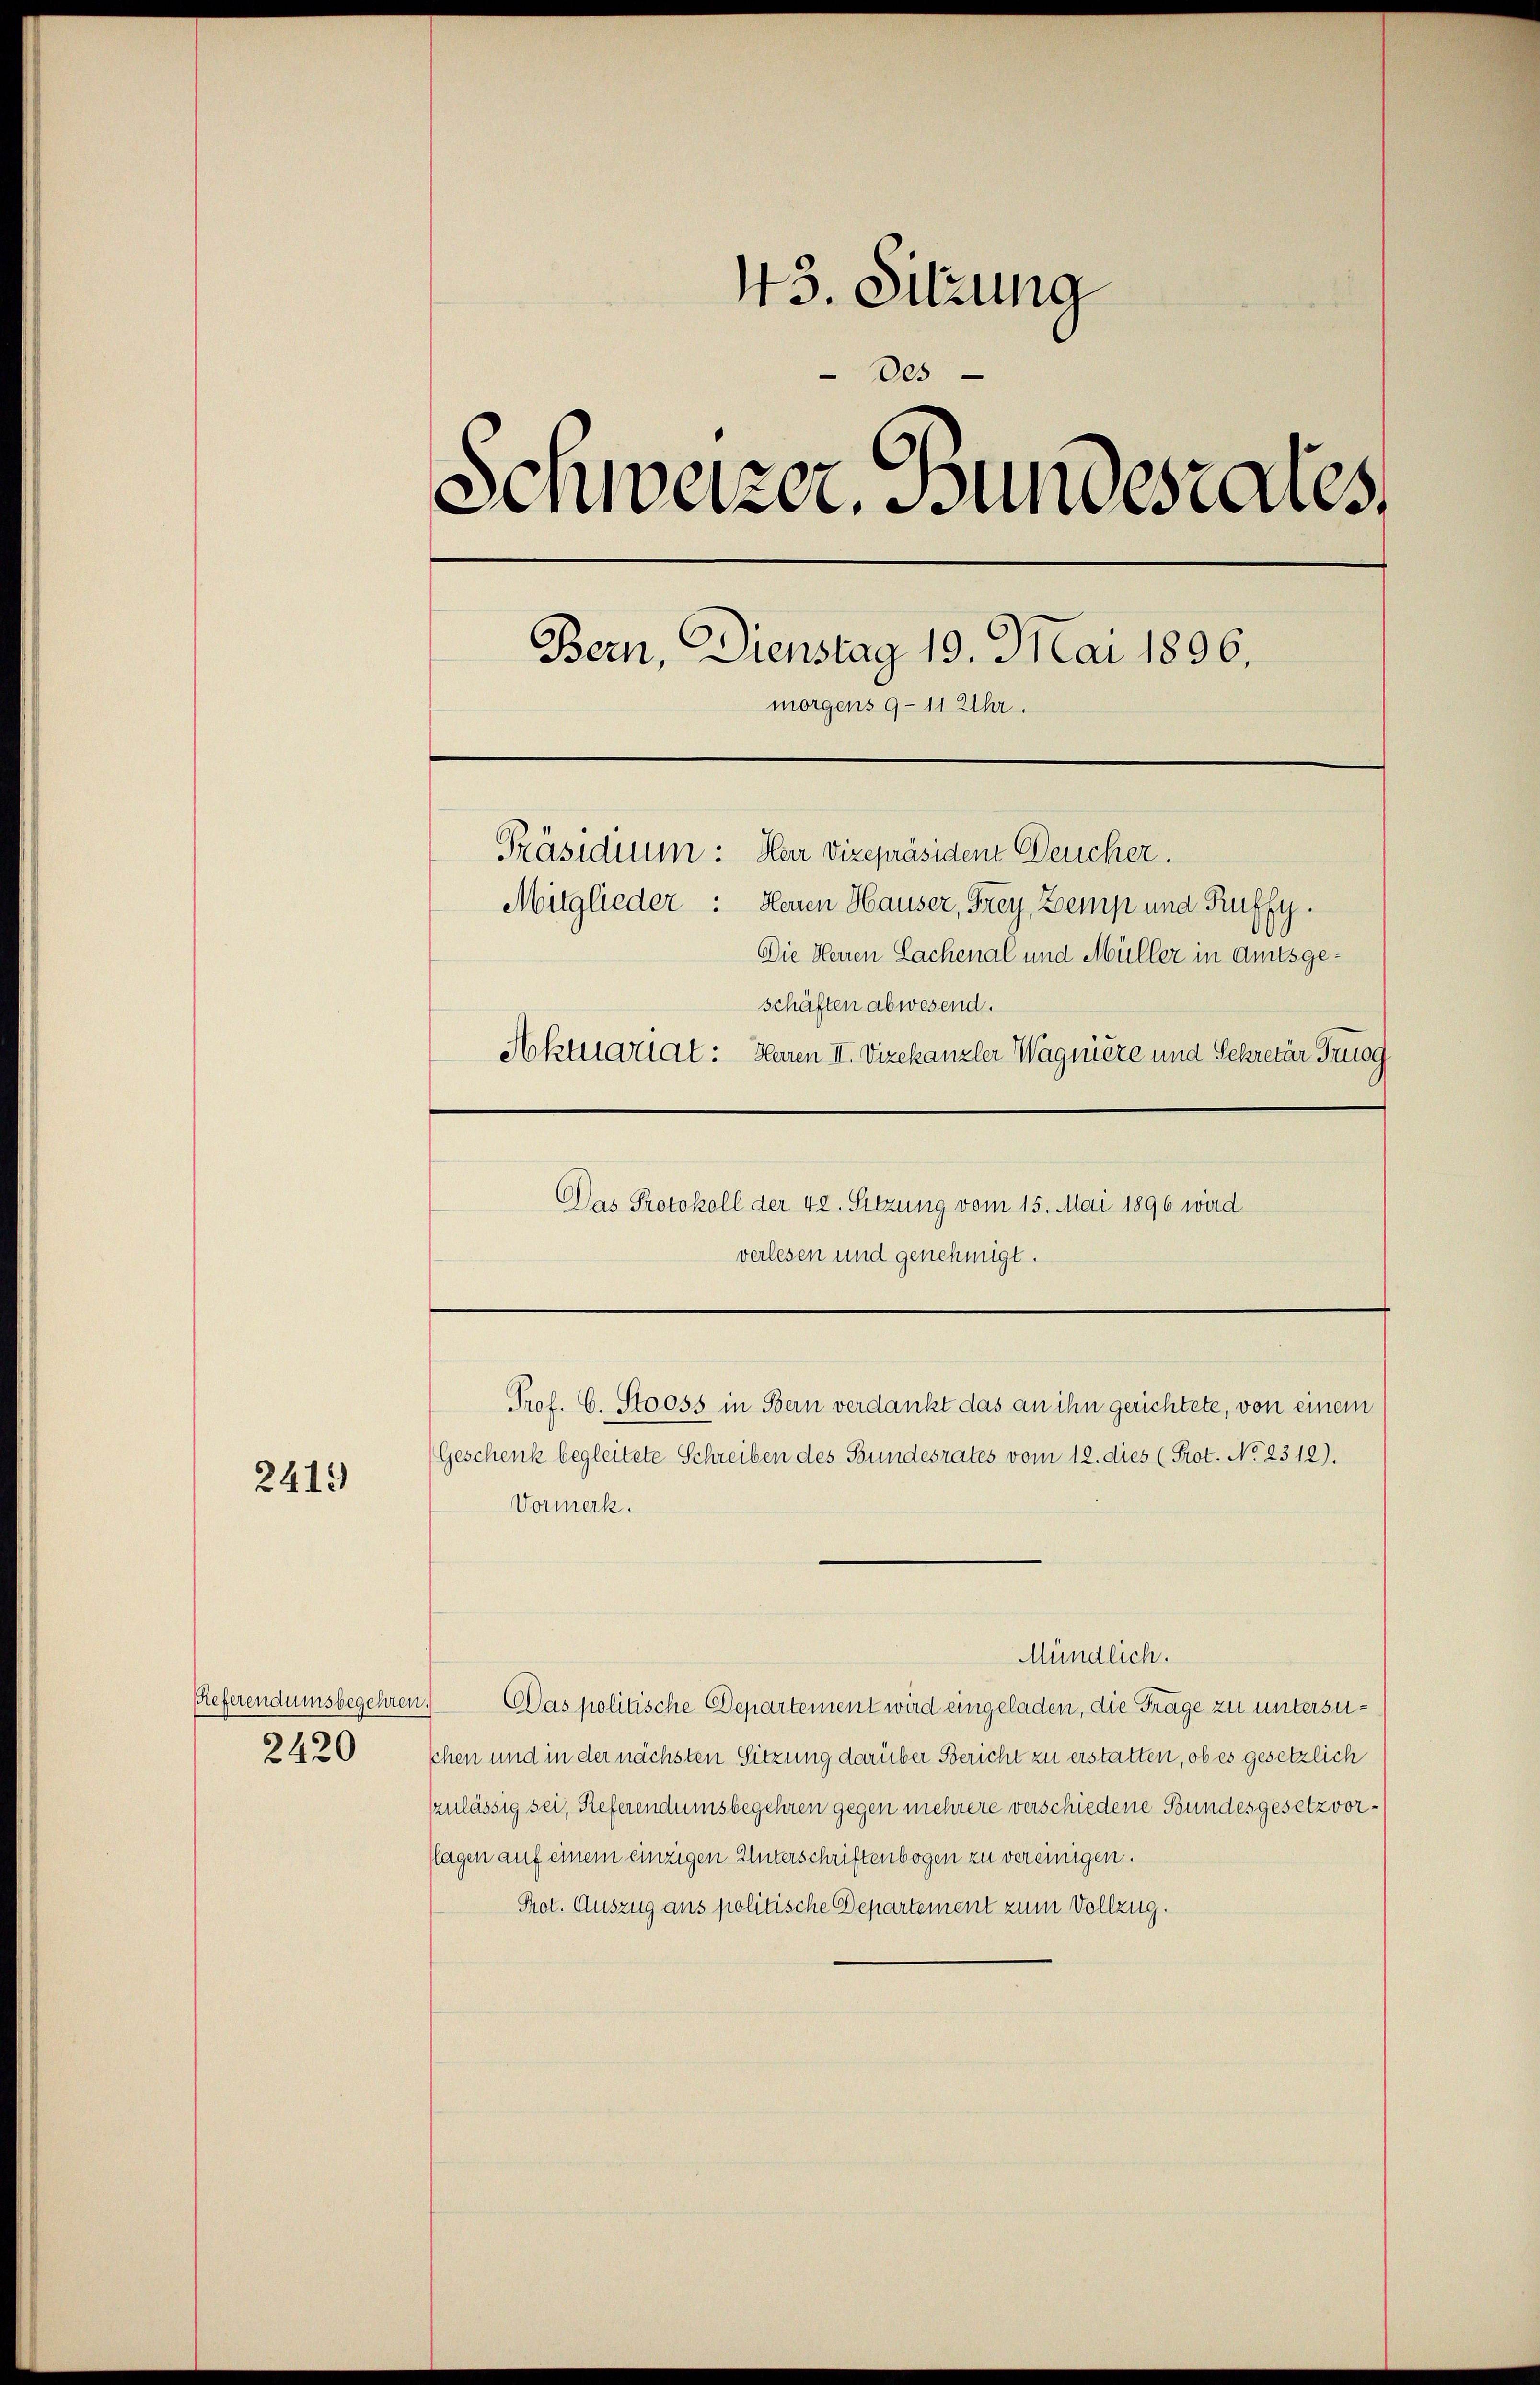
2419

43. Sitzung
des
Schweizer. Bundesrates
Bern, Dienstag 19. Mai 1896.
morgens 9-11 Uhr.
Präsidium: Herr Vizepräsiden Deucher.
Mitglieder: Heuen Hauser, Frey, Zemp und Ruffy.
Die Herren Sachenal und Müller in Amtsgeschäften abwesend.
Aktuariat: Heren II. Vizekanzler Wagnière und Sekretär Trugg

Referendumsbegehren
2420

Das Protokoll der 42. Setzung vom 15. Mai 1896 wird
verlesen und genehmigt.

Prof. C. Stooss in Bern verdankt das an ihn gerichtete, von einem
(Geschenk begleitete Schreiben des Bundesrates vom 12. dies (Prot. No 2312).

Vormerk.
Mündlich.
i
Das politische Departement wird eingeladen, die Frage zu untersuschen und in der nächsten Sitzung darüber Bericht zu erstatten, ob es gesetzlich
zulässig sei, Referendumsbegehren gegen mehrere verschiedene Bundesgesetz vorflagen auf einem einzigen Unterschriftenbogen zu vereinigen.
Prot. Auszug aus politische Departement zum Vollzug.